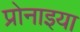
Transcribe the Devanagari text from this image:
प्रोनाइया